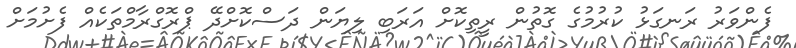
ފެންވަރު ރަނގަޅު ކުރުުމުގެ ގޮތުން ރީތިކޮށް އަރަބި ލިޔަން ދަސްކޮށްދޭ ޕްރޮގްރާމްތަކެއް ފެށުމަށް